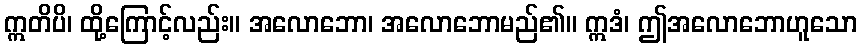
ဣတိပိ၊ ထို့ကြောင့်လည်း။ အလောဘော၊ အလောဘောမည်၏။ ဣဒံ၊ ဤအလောဘောဟူသော